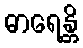
ဓာရေန္တိ